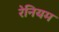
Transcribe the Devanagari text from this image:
रेनियम